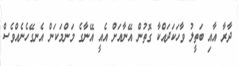
ދާރާ އާއި ބަތީލު ވާހަކަދައްކާ ގޮތުން އޭނާއަށް އެއީ އޭނާގެ މަންމަކަން އެނގޭހެނެއްވެސް